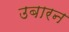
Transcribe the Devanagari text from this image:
उबारन